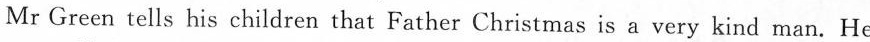
Mr Green tells his children that Father Christmas is a very kind man. He